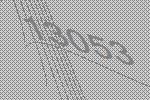
13053